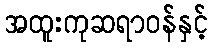
အထူးကုဆရာဝန်နှင့်